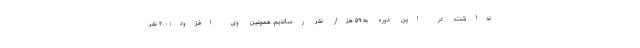
نداشت، در این دوره به ۵۹ هزار نفر رساندیم. همچنین وی افزود: ۲۰۰ نفر